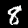
Label: 8